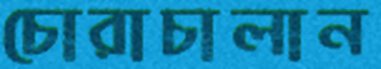
চোরাচালান